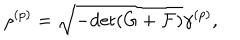
\rho ^ { ( p ) } = \sqrt { - \mathrm { d e t } ( G + { \cal F } ) } \gamma ^ { ( p ) } ,